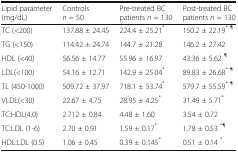
<table><thead><tr><td><b>Lipid parameter (mg/dL)</b></td><td><b>Controls <i>n</i> = 50</b></td><td><b>Pre-treated BC patients <i>n</i> = 130</b></td><td><b>Post-treated BC patients <i>n</i> = 130</b></td></tr></thead><tbody><tr><td>TC (&lt;200)</td><td>137.88 ± 24.45</td><td>224.4 ± 25.21<sup>*</sup></td><td>150.2 ± 22.19<sup>* ¶</sup></td></tr><tr><td>TG (&lt;150)</td><td>114.42 ± 24.74</td><td>144.7 ± 21.28</td><td>146.2 ± 27.42</td></tr><tr><td>HDL (&lt;40)</td><td>56.56 ± 14.77</td><td>55.96 ± 16.97</td><td>43.36 ± 5.62 <sup>¶</sup></td></tr><tr><td>LDL(&lt;100)</td><td>54.16 ± 12.71</td><td>142.9 ± 25.04<sup>*</sup></td><td>89.83 ± 26.68<sup>* ¶</sup></td></tr><tr><td>TL (450-1000)</td><td>509.72 ± 37.97</td><td>718.1 ± 53.74<sup>*</sup></td><td>579.7 ± 55.59<sup>* ¶</sup></td></tr><tr><td>VLDL(&lt;30)</td><td>22.67 ± 4.75</td><td>28.95 ± 4.25<sup>*</sup></td><td>31.49 ± 5.71<sup>*</sup></td></tr><tr><td>TC:HDL(4.0)</td><td>2.712 ± 0.84</td><td>4.48 ± 1.60</td><td>3.54 ± 0.72</td></tr><tr><td>TC:LDL (1-6)</td><td>2.70 ± 0.91</td><td>1.59 ± 0.17<sup>*</sup></td><td>1.78 ± 0.53 <sup>*¶</sup></td></tr><tr><td>HDL:LDL (0.5)</td><td>1.06 ± 0.45</td><td>0.39 ± 0.145<sup>*</sup></td><td>0.51 ± 0.14 <sup>*</sup></td></tr></tbody></table>